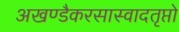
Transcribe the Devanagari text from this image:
अखण्डैकरसास्वादतृप्तो